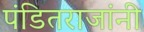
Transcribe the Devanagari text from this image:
पंडितराजांनी